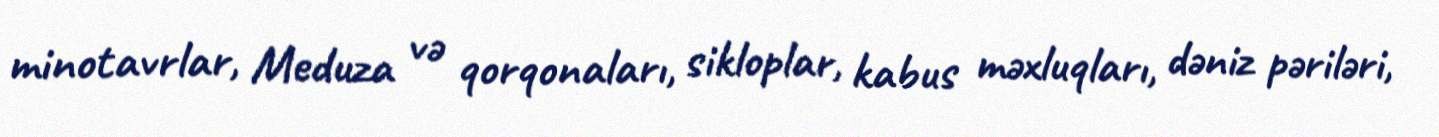
minotavrlar, Meduza və qorqonaları, sikloplar, kabus məxluqları, dəniz pəriləri,